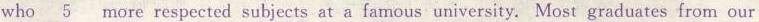
who\underline{5} more respected subjects at a famous university. Most graduates from our